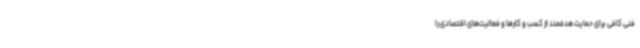
فنی کافی برای حمایت هدفمند از کسب و کارها و فعالیت‌های اقتصادی را